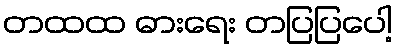
တထထ ဓားရေး တပြပြပေါ့